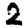
Digit: 2